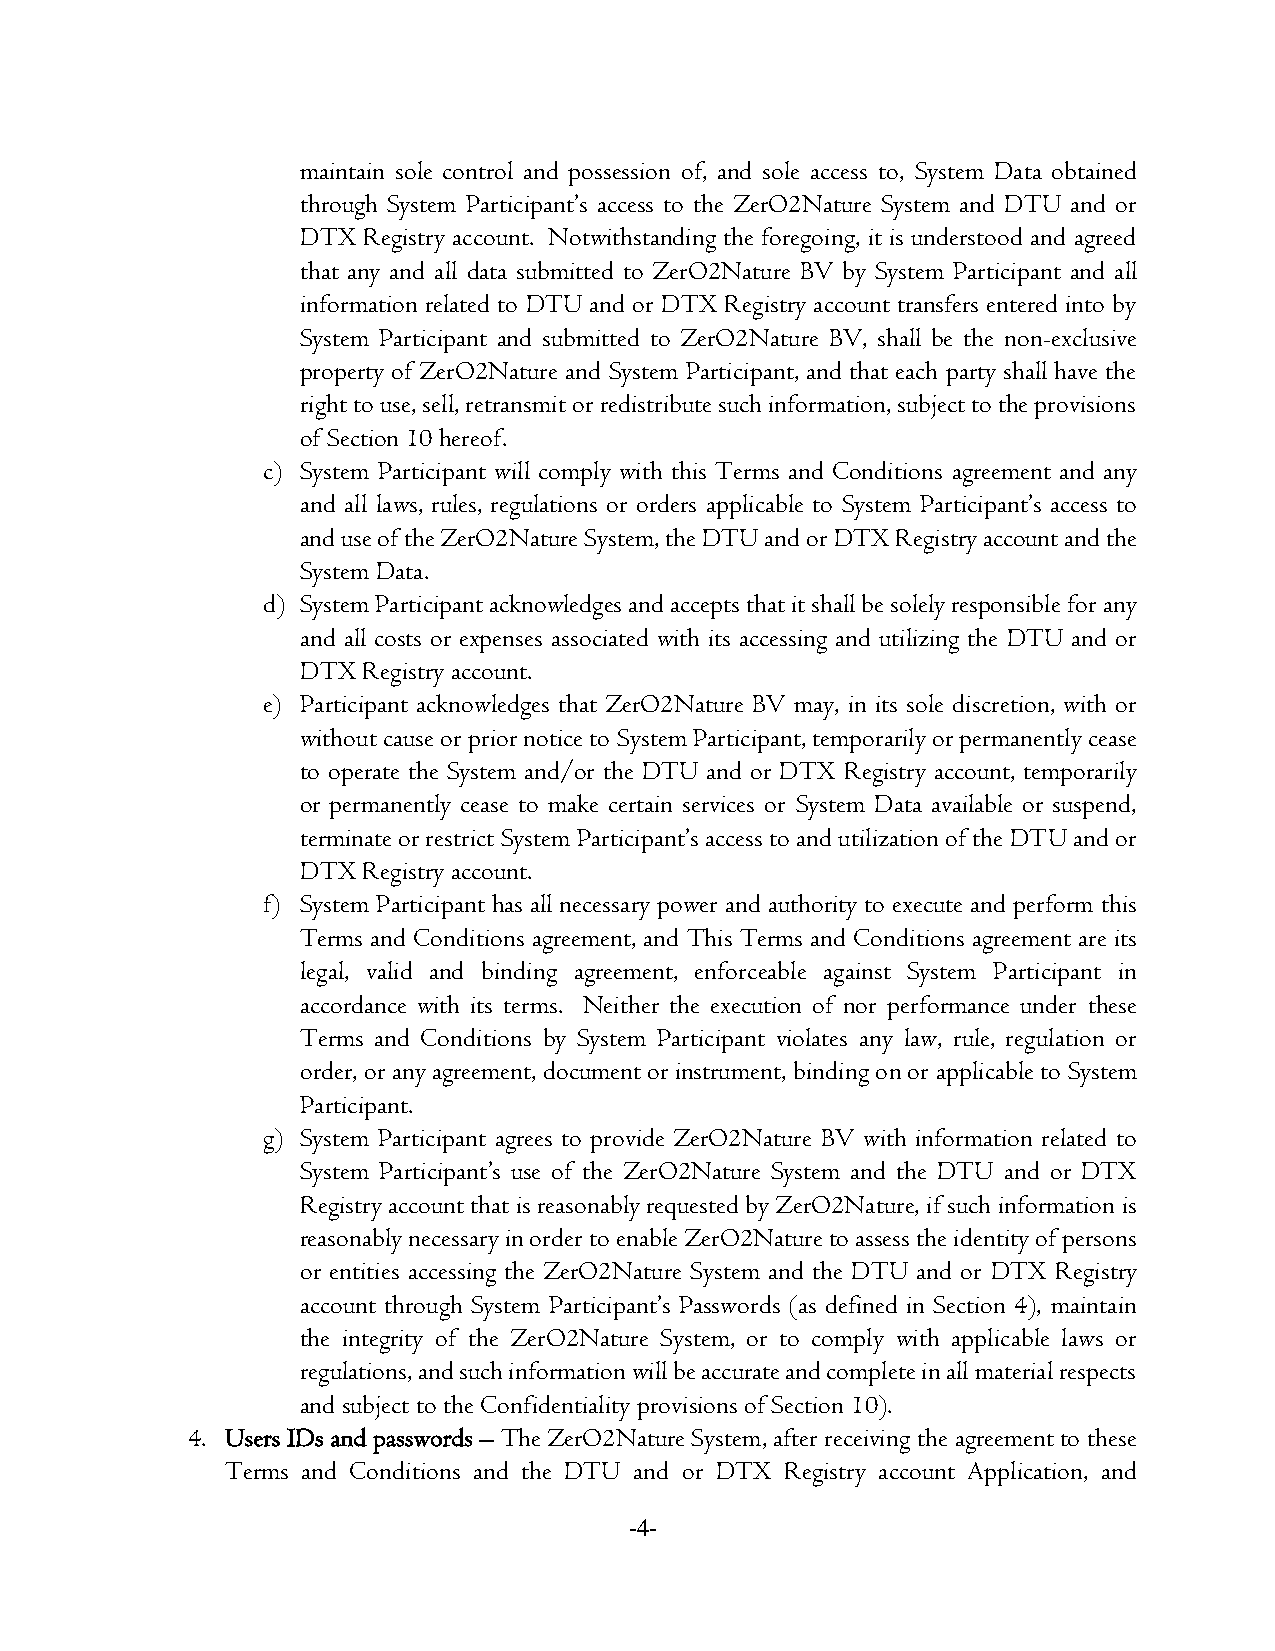
maintain sole control and possession of, and sole access to, System Data obtained
 through System Participant’s access to the ZerO2Nature System and DTU and or
 DTX Registry account. Notwithstanding the foregoing, it is understood and agreed
 that any and all data submitted to ZerO2Nature BV by System Participant and all
 information related to DTU and or DTX Registry account transfers entered into by
 System Participant and submitted to ZerO2Nature BV, shall be the non-exclusive
 property of ZerO2Nature and System Participant, and that each party shall have the
 right to use, sell, retransmit or redistribute such information, subject to the provisions
 of Section 10 hereof.
 c) System Participant will comply with this Terms and Conditions agreement and any
 and all laws, rules, regulations or orders applicable to System Participant’s access to
 and use of the ZerO2Nature System, the DTU and or DTX Registry account and the
 System Data.
 d) System Participant acknowledges and accepts that it shall be solely responsible for any
 and all costs or expenses associated with its accessing and utilizing the DTU and or
 DTX Registry account.
 e) Participant acknowledges that ZerO2Nature BV may, in its sole discretion, with or
 without cause or prior notice to System Participant, temporarily or permanently cease
 to operate the System and/or the DTU and or DTX Registry account, temporarily
 or permanently cease to make certain services or System Data available or suspend,
 terminate or restrict System Participant’s access to and utilization of the DTU and or
 DTX Registry account.
 f) System Participant has all necessary power and authority to execute and perform this
 Terms and Conditions agreement, and This Terms and Conditions agreement are its
 legal, valid and binding agreement, enforceable against System Participant in
 accordance with its terms. Neither the execution of nor performance under these
 Terms and Conditions by System Participant violates any law, rule, regulation or
 order, or any agreement, document or instrument, binding on or applicable to System
 Participant.
 g) System Participant agrees to provide ZerO2Nature BV with information related to
 System Participant’s use of the ZerO2Nature System and the DTU and or DTX
 Registry account that is reasonably requested by ZerO2Nature, if such information is
 reasonably necessary in order to enable ZerO2Nature to assess the identity of persons
 or entities accessing the ZerO2Nature System and the DTU and or DTX Registry
 account through System Participant’s Passwords (as defined in Section 4), maintain
 the integrity of the ZerO2Nature System, or to comply with applicable laws or
 regulations, and such information will be accurate and complete in all material respects
 and subject to the Confidentiality provisions of Section 10).
 4. Users IDs and passwords – The ZerO2Nature System, after receiving the agreement to these
 Terms and Conditions and the DTU and or DTX Registry account Application, and
 -4-